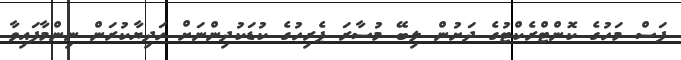
ފަސް މަހުގެ ކޮންޓްރެކްޓުގެ ދަށުން ލިބޭ މުސާރަ ޕެރިހުގެ ކުޑަކުދިންނަށް ހަދިޔާކުރަން ނިންމާފައިވާ